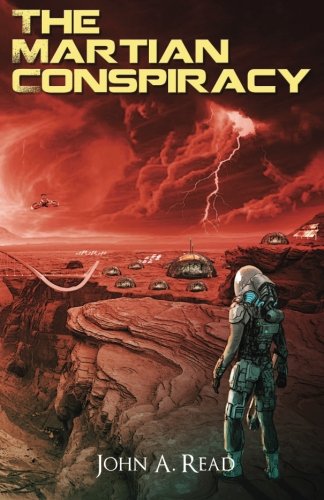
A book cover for The Martian Conspiracy; John Read; Science Fiction & Fantasy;